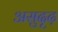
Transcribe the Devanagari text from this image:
असुदृढ़